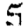
Digit: 5